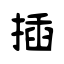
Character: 揷